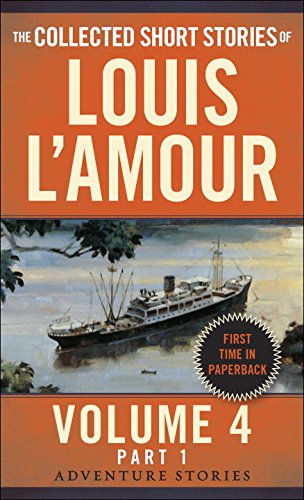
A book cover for The Collected Short Stories of Louis L'Amour, Volume 4, Part 1: Adventure Stories; Louis L'Amour; Literature & Fiction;